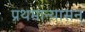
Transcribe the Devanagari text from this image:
प्रथमान्यासन्